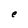
Character: e